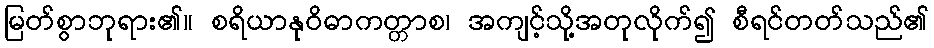
မြတ်စွာဘုရား၏။ စရိယာနုဝိဓာကတ္တာစ၊ အကျင့်သို့အတုလိုက်၍ စီရင်တတ်သည်၏